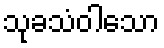
သုခသံဝါသော